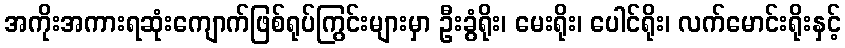
အကိုးအကားရဆုံးကျောက်ဖြစ်ရုပ်ကြွင်းများမှာ ဦးခွံရိုး၊ မေးရိုး၊ ပေါင်ရိုး၊ လက်မောင်းရိုးနှင့်